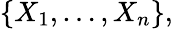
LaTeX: \{ X_{1},\dots,X_{n}\} ,